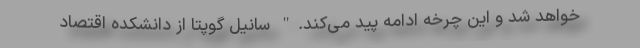
خواهد شد و این چرخه ادامه پید می‌کند." سانیل گوپتا از دانشکده اقتصاد